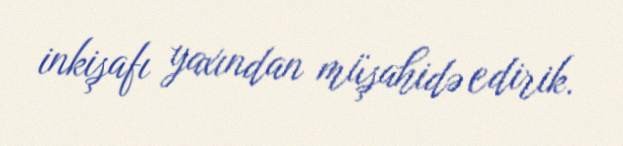
inkişafı yaxından müşahidə edirik.